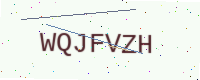
Text: WQJFVZH